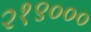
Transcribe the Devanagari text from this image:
२१९०००